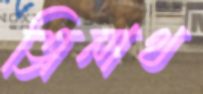
ত্রিনাথ